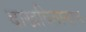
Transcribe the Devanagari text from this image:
दाखवितानाच